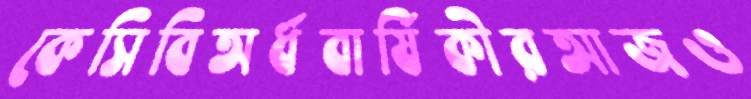
কেসিবিঅর্ধবার্ষিকীরআজও